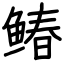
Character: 䲠